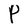
Character: P